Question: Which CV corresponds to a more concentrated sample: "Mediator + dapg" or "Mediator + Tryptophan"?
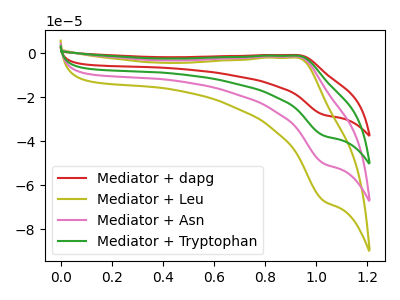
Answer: <think>The red curve "Mediator + dapg" has an anodic peak at (0.90V, -0.85uA) and a cathodic peak at (1.05V, -28.05uA). The olive curve "Mediator + Leu" has an anodic peak at (0.90V, -3.40uA) and a cathodic peak at (1.05V, -112.70uA). The pink curve "Mediator + Asn" has an anodic peak at (0.90V, -2.30uA) and a cathodic peak at (1.05V, -75.15uA). The green curve "Mediator + Tryptophan" has an anodic peak at (0.90V, -1.15uA) and a cathodic peak at (1.05V, -37.55uA).
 All the peaks in "Mediator + dapg" have a peak in "Mediator + Tryptophan" at the same potential.</think>
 <answer>I cant tell if "Mediator + dapg" or "Mediator + Tryptophan" has higher concentration.</answer>
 <eval>mixed_concentration</eval>